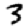
Digit: 3